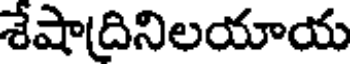
శేషాద్రినిలయాయ